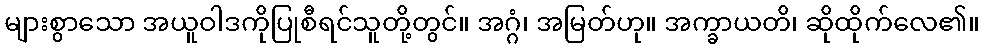
များစွာသော အယူဝါဒကိုပြုစီရင်သူတို့တွင်။ အဂ္ဂံ၊ အမြတ်ဟု။ အက္ခာယတိ၊ ဆိုထိုက်လေ၏။